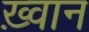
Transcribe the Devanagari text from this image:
ख़्वान